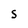
Character: S